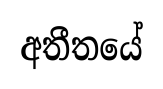
අතීතයේ